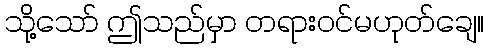
သို့သော် ဤသည်မှာ တရားဝင်မဟုတ်ချေ။